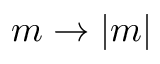
m \rightarrow | m |